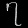
Digit: ၇